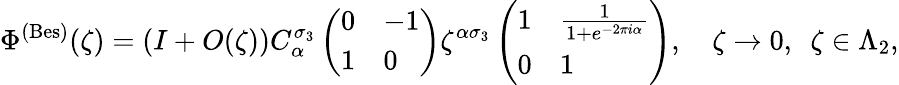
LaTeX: \Phi^{\mathrm{(Bes)}}(\zeta)=(I+O(\zeta))C_{\alpha}^{\sigma_{3}}\left(\begin{array}{ll}{0}&{-1}\\ {1}&{0}\end{array}\right)\zeta^{\alpha\sigma_{3}}\left(\begin{array}{ll}{1}&{\frac{1}{1+e^{-2\pi i\alpha}}}\\ {0}&{1}\end{array}\right),\quad\zeta\to 0,~~\zeta\in\Lambda_{2},